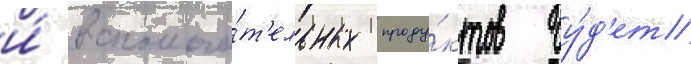
и́ вспомога́т'ельных проду́ктов бу́д'ет